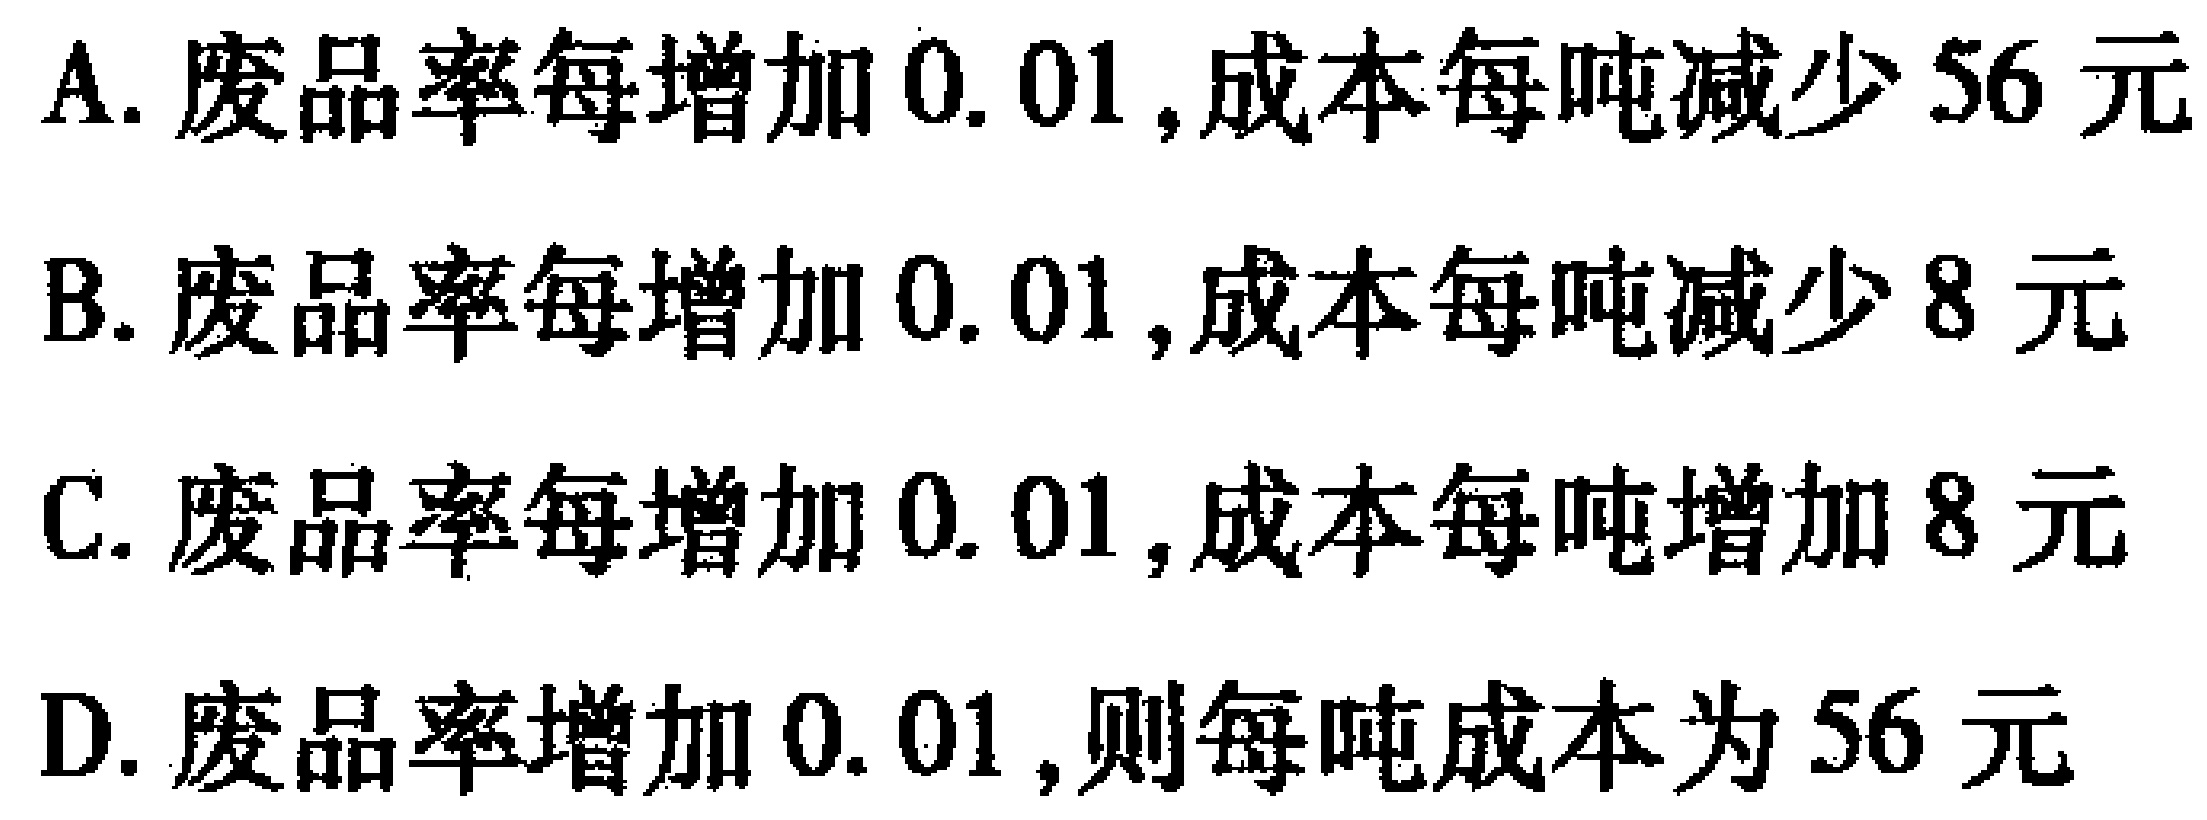
合理调整结构